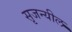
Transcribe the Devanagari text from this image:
सृजन्यील